Lunatic asylums Punjab 1868-1880 - 1868-1880
Year: 1868
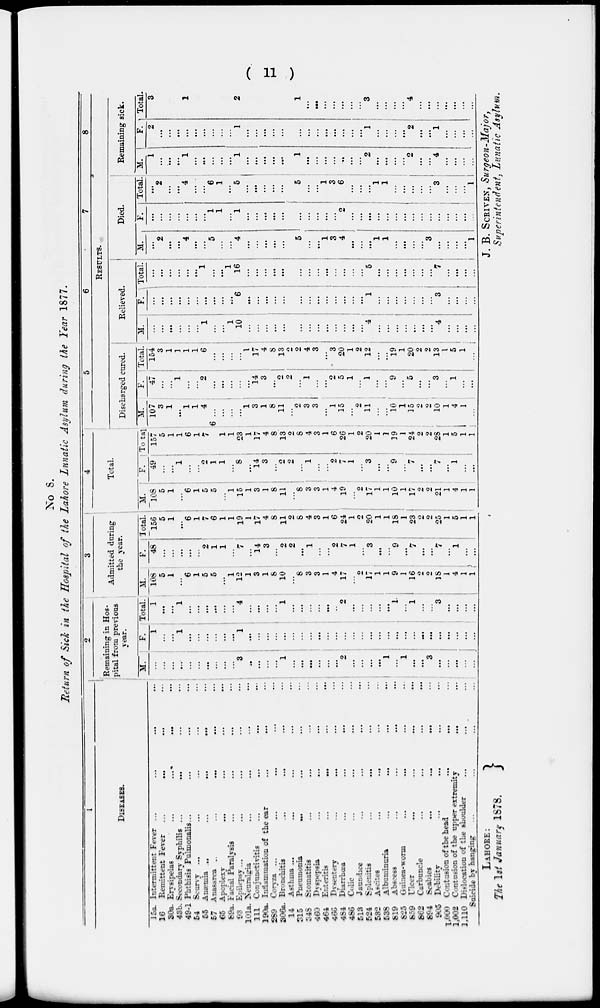
( 11 )
No 8.
Return of Sick in the Hospital of the Lahore Lunatic Asylum during the Year 1877.
1
DISEASES.
15a. Intermittent Fever ...
...
...
...
16
Remittent Fever ... ... ... ...
30a. Erysipelas
...
...
...
...
43b. Secondary Syphilis ...
...
... ...
49-1 Phthisis Pulmonalis ... ... ... ...
54 Scurvy ...
...
...
...
...
55 Anæmia
...
...
... ... ...
67 Anasarca
...
...
...
...
...
65 Apoplexy
...
...
...
...
89a. Facial Paralysis ... ... ... ...
93 Epilepsy ... ... ... ... ...
101a. Neuralgia ... ... ... ...
111 Conjunctivitis
...
...
...
...
190a. Inflammation of the ear ... ... ...
289 Coryza ...
...
...
...
...
306a. Bronchitis
...
...
...
...
14 Asthma ... ... ... ... ...
315
Pneumonia ... ... ... ...
348
Stomatitis ... ... ... ...
460 Dyspepsia ... ... ... ...
464 Enteritis
...
...
...
...
466 Dysentery
...
...
...
...
484 Diarrhœa ... ... ... ...
486 Colic ... ... ... ...
513
Jaundice ... ... ... ...
524
Splenitis ... ... ... ...
532 Ascites ... ... ... ...
538
Albuminuria ... ... ... ...
819 Abscess ... ... ... ...
825 Guinea-worm ... ... ... ...
859
Ulcer
...
...
...
...
862
Carbuncle ... ... ... ...
894 Scabies
...
...
...
...
905 Debility ... ... ... ...
1,000 Contusion of the head ... ... ...
1,002 Contusion of the upper extremity ... ...
1,110 Dislocation of the shoulder ... ... ...
Suicide by hanging ... ... ... ...
2
Remaining in Hos-
pital from previous
year.
M.
...
...
...
...
...
...
...
...
...
...
3
...
...
...
...
1
...
...
...
...
...
...
2 ...
...
...
...
1
...
1
...
...
3
...
...
...
...
...
F.
1
...
...
1
...
...
...
...
...
...
1
...
...
...
...
...
...
...
...
...
...
...
...
...
...
...
...
...
...
...
...
...
...
...
...
...
...
...
Total.
1
...
...
1
...
...
...
...
...
...
4
...
...
...
...
1
...
...
...
...
...
...
2
...
...
...
...
...
1
...
1
...
...
3
...
...
...
...
3
Admitted during
the year.
M.
108
5
1
...
6
1
5
5
...
1
12
1
3
1
8
10
...
8
3
3
1
4
17
...
2
17
1
1
9
1
16
2
2
18
1
4
1
1
F.
48
...
...
...
...
...
2
1
1
...
7
...
14
3
...
2
2
...
1
...
...
2
7
1
...
3
...
...
9
...
7
...
...
7
...
1
...
...
Total.
156
5
1
...
6
1
7
6
1
1
19
1
17
4
8
11
2
8
4
3
1
6
24
1
2
20
1
1
18
1
23
2
2
25
1
5
1
1
4
Total.
M.
108
5
1
...
6
1
5
5
...
1
15
1
3
1
8
11
...
8
3
3
1
4
19
...
2
17
1
1
10
1
17
2
2
21
1
4
1
1
F.
49
...
...
1
...
...
2
1
1
...
8
...
14
3
...
2
2
...
1
...
...
2
7
1
...
3
...
...
9
...
7
...
...
7
...
1
...
...
Total
157
5
1
1
6
1
7
1
1
23
1
17
4
8
13
2
8
4
3
1
6
26
1
2
20
1
1
19
1
24
2
2
28
1
5
1
1
5
6
7
8
RESULTS.
Discharged cured.
M.
107
3
1
...
1
1
4
6...
...
...
...
1
3
1
8
11
...
2
3
3
...
1
15
...
2
11
...
...
10
1
15
2
2
10
1
4
1
...
F.
47
...
...
1
...
...
2
...
...
...
...
...
14
3
...
2
2
...
1
...
...
2
5
1
...
1
...
...
9
...
5
...
...
3
...
1
...
...
Total.
154
3
1
1
1
1
6
...
...
...
...
1
17
4
8
13
2
2
4
3
...
3
20
1
2
12
...
...
19
1
20
2
2
13
1
5
1
...
Relieved.
M.
...
...
...
...
...
...
1
...
...
1
10
...
...
...
...
...
...
...
...
...
...
...
...
...
4
...
...
...
...
...
...
...
4
...
...
...
...
F.
...
...
...
...
...
...
...
...
...
....
6
...
...
...
...
...
...
...
...
...
...
...
...
...
1
...
...
...
...
...
...
...
3
...
...
...
...
Total.
...
...
...
...
...
...
1
...
...
1
16
...
...
...
...
...
...
...
...
...
...
...
...
...
5
...
...
...
...
...
...
...
7
...
...
...
...
Died.
M.
...
2
...
...
4
...
...
5
...
...
4
...
...
...
...
...
5
...
...
1
3
4
...
...
...
1
1
...
...
...
...
3
...
...
...
...
1
F.
...
...
...
...
...
...
...
1
1
...
1
...
...
...
...
...
...
...
...
...
...
2
...
...
...
...
...
...
...
...
...
...
...
...
...
...
...
Total.
...
2
...
...
4
...
...
6
1
...
5
...
...
...
...
...
5
...
...
1
3
6
...
...
...
1
1
...
...
...
...
...
3
...
...
...
1
Remaining sick.
M.
1
...
...
...
1
...
...
...
...
...
1
...
...
...
...
...
1
...
...
...
...
...
...
...
2
...
...
...
...
2
...
...
4
...
...
...
...
F.
2
...
...
...
...
...
...
...
...
...
1
...
...
...
...
...
...
...
...
...
...
...
...
...
1
...
...
...
...
2
...
...
1
...
...
...
...
Total.
3
1
2
1
...
...
...
...
...
...
...
3
...
...
...
...
4
...
...
...
...
...
...
...
LAHORE :
The 1st January 1878.
J. B. SCRIVEN , Surgeon-Major,
Superintendent, Lunatic Asylum.